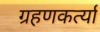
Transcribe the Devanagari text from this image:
ग्रहणकर्त्या